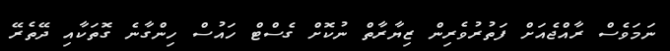
ނަމަވެސް ރާއްޖެއަށް ފަތުރުވެރިން ޒިޔާރާތް ނުކޮށް ގެސްޓް ހައުސް ހިންގާނެ ގޮތަކާއި ދޭތެރޭ